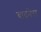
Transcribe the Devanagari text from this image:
बादनेरा